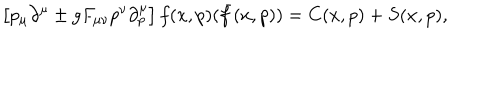
\left[ p _ { \mu } \partial ^ { \mu } \pm g F _ { \mu \nu } p ^ { \nu } \partial _ { p } ^ { \mu } \right] f ( x , p ) ( \bar { f } ( x , p ) ) = C ( x , p ) + S ( x , p ) ,